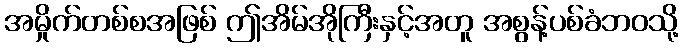
အမှိုက်တစ်စအဖြစ် ဤအိမ်အိုကြီးနှင့်အတူ အစွန့်ပစ်ခံဘဝသို့